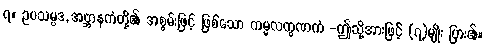
၇။ ဥပသမ္ပဒ, အဗ္ဘာနကံတို့၏ အစွမ်းဖြင့် ဖြစ်သော ကမ္မလက္ခဏကံ -ဤသို့အားဖြင့် (၇)မျိုး ပြား၏။